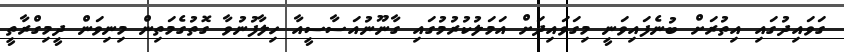
ގަވައިދުގައި އިތުރަށް ބުނެފައިވަނީ މިގަވައިދަށް އަމަލުކުރުމުގައި ގާނޫނުއަސާސީއާ ހިލާފުނުވާ ގޮތުގެމަތިން މިނިވަން ދީމިގްރާތީ